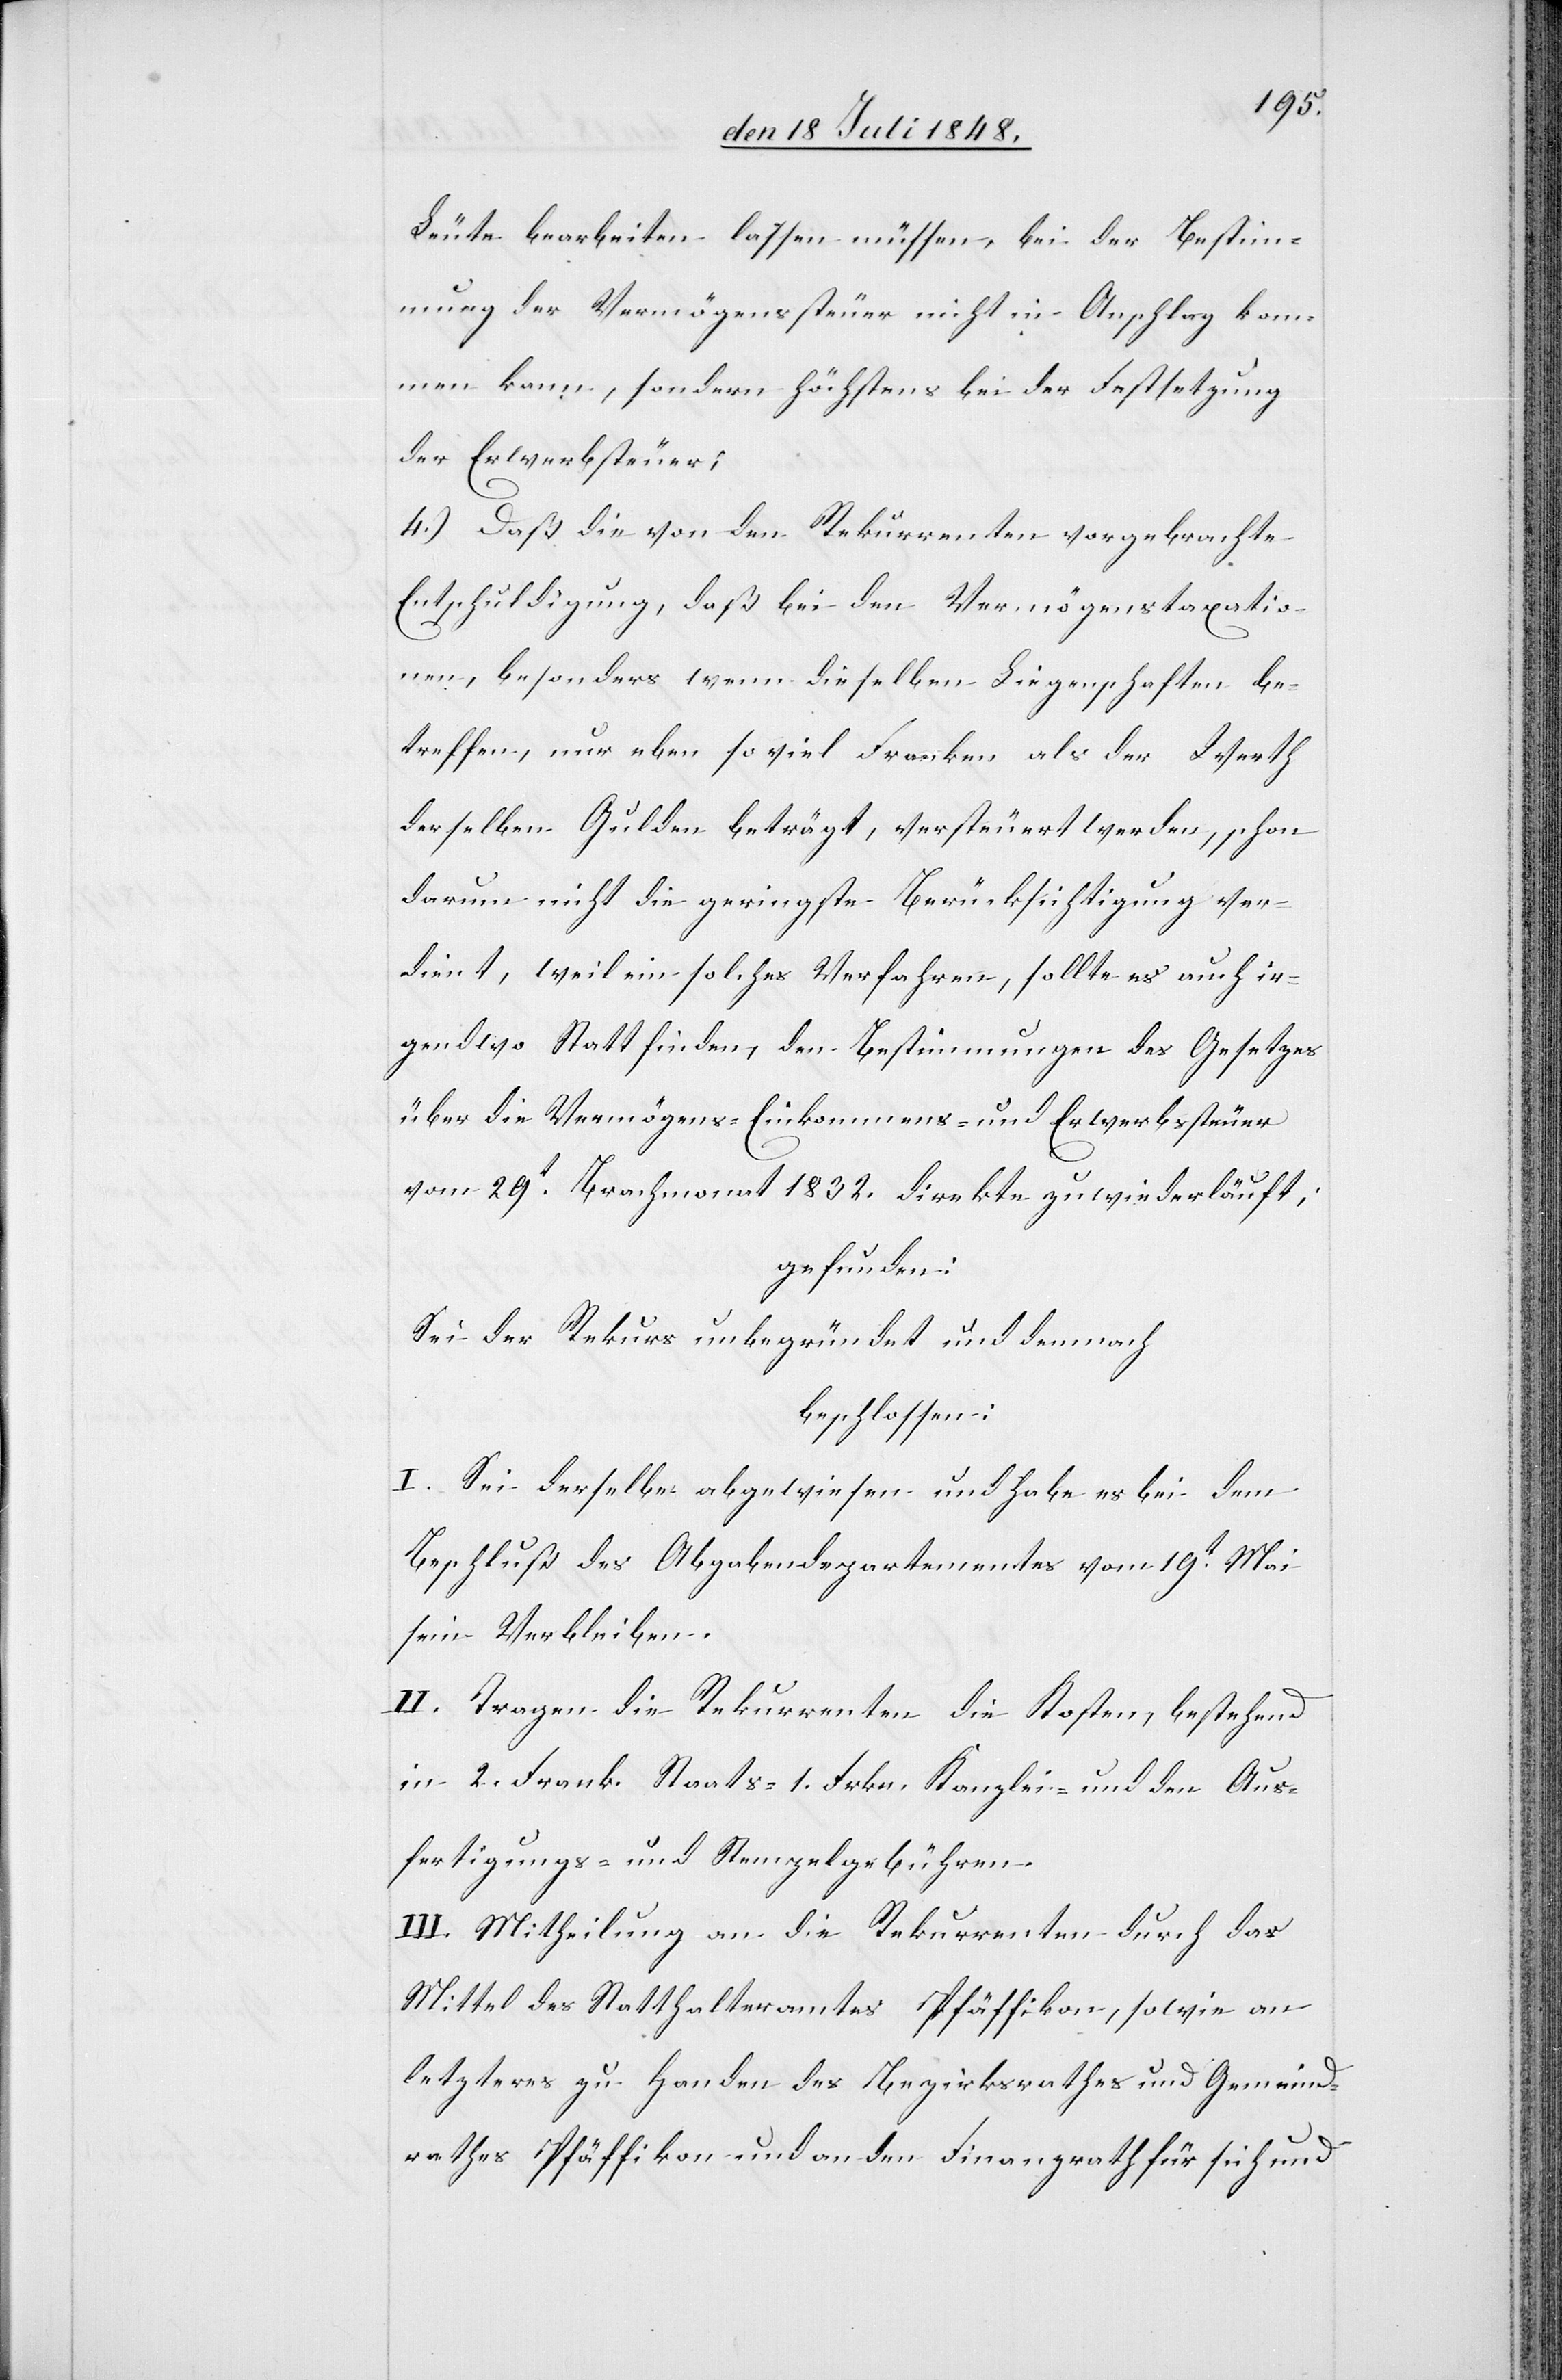
Leute bearbeiten lassen müssen, bei der Bestim¬
mung der Vermögenssteuer nicht in Anschlag kom¬
men kann, sondern höchstens bei der Festsetzung
der Erwerbsteuer;
4.) Daß die von den Rekurrenten vorgebrachte
Entschuldigung, daß bei den Vermögenstaxatio¬
nen, besonders wenn dieselben Liegenschaften be¬
treffen, nur eben so viel Franken als der Werth
derselben Gulden beträgt, versteuert werden, schon
darum nicht die geringste Berücksichtigung ver¬
dient, weil ein solches Verfahren, sollte es auch ir¬
gendwo Statt finden, den Bestimmungen des Gesetzes
über die Vermögens- Einkommens- und Erwerbssteuer
vom 29t Brachmonat 1832. direkte zuwiederläuft,
gefunden:
Sei der Rekurs unbegründet und demnach
beschlossen:
I. Sei derselbe abgewiesen und habe es bei dem
Beschluß des Abgabendepartementes vom 19t Mai
sein Verbleiben.
II. Tragen die Rekurrenten die Kosten, bestehend
in 2. Frank. Staats- 1. Frkn. Kanzlei- und den Aus¬
fertigungs- und Stempelgebühren.
III. Mitheilung an die Rekurrenten durch das
Mittel des Statthalteramtes Pfäffikon, sowie an
letzteres zu Handen des Bezirksrathes und Gemeind¬
rathes Pfäffikon und an den Finanzrath für sich und